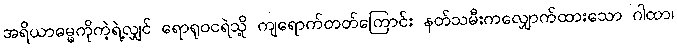
အရိယာဓမ္မကိုကဲ့ရဲ့လျှင် ရောရုဝငရဲသို့ ကျရောက်တတ်ကြောင်း နတ်သမီးကလျှောက်ထားသော ဂါထာ၊